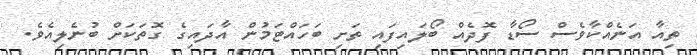
ތިއާ އަނެއްކާވެސް ސޯޑާ ފޮދެއް ބޯލައިފައި ތަށި ބަހައްޓަމުން އާދައިގެ ގޮތަކަށް ބުނެލިއެވެ.